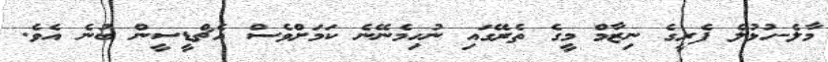
މާލެ-ހުޅުލެ ފެރީގެ ނިޒާމް މީގެ ތެރޭގައި ނުހިމެނޭނެ ކަމަށްވެސް އެޗްޑީސީން ބުނެ އެވެ.